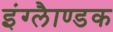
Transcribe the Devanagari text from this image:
इंग्लैाण्डक